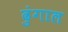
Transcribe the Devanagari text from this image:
ढुंगाल